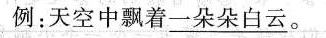
例：天空中飘着\underline{一朵朵白云}。